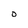
Character: O